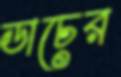
ডাচের